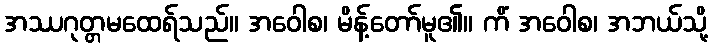
အဿဂုတ္တမထေရ်သည်။ အဝေါစ၊ မိန့်တော်မူ၏။ ကိံ အဝေါစ၊ အဘယ်သို့